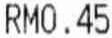
RM0.45